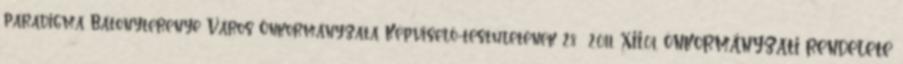
paradigma Bátonyterenye Város Önkormányzata Képviselő-testületének 28 2011. XII.01. ÖNKORMÁNYZATI RENDELETE